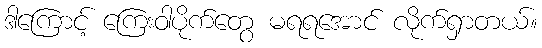
ဒါကြောင့် ကြေးဝါပိုက်တွေ မရရအောင် လိုက်ရှာတယ်။